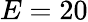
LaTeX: E=20